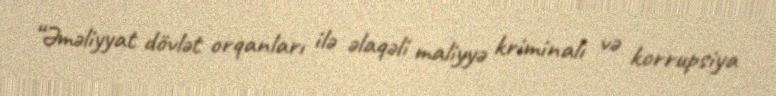
“Əməliyyat dövlət orqanları ilə əlaqəli maliyyə kriminalı və korrupsiya